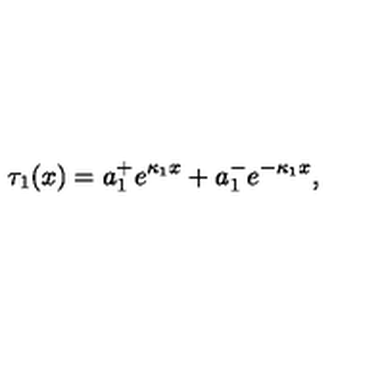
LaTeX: \tau _ { 1 } ( x ) = a _ { 1 } ^ { + } e ^ { \kappa _ { 1 } x } + a _ { 1 } ^ { - } e ^ { - \kappa _ { 1 } x } ,